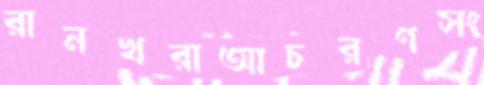
রানখরাআচরণসং